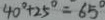
4 0 ^ { \circ } + 2 5 ^ { \circ } = 6 5 ^ { \circ }